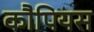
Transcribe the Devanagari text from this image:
कौपियस